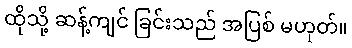
ထိုသို့ ဆန့်ကျင် ခြင်းသည် အပြစ် မဟုတ်။